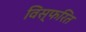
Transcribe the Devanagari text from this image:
विस्फरित